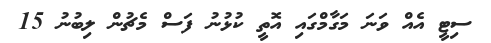
ސިޓީ އެއް ވަނަ މަގާމްގައި އޮތީ ކުޅުނު ފަސް މެޗުން ލިބުނު 15